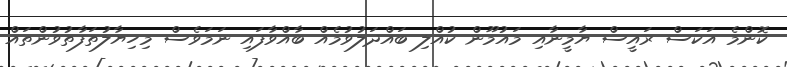
ކޮންމެ އަކަސް ރައީސް ޔާމީނާއި މައުމޫން ކުއްލި ބައްދަލުވުމެއް ބާއްވާފައި ނަމަވެސް މިހިޔާލުތަފާތުވުންތައް